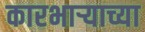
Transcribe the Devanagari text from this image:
कारभार्‍याच्या